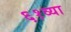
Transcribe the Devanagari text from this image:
६१व्या